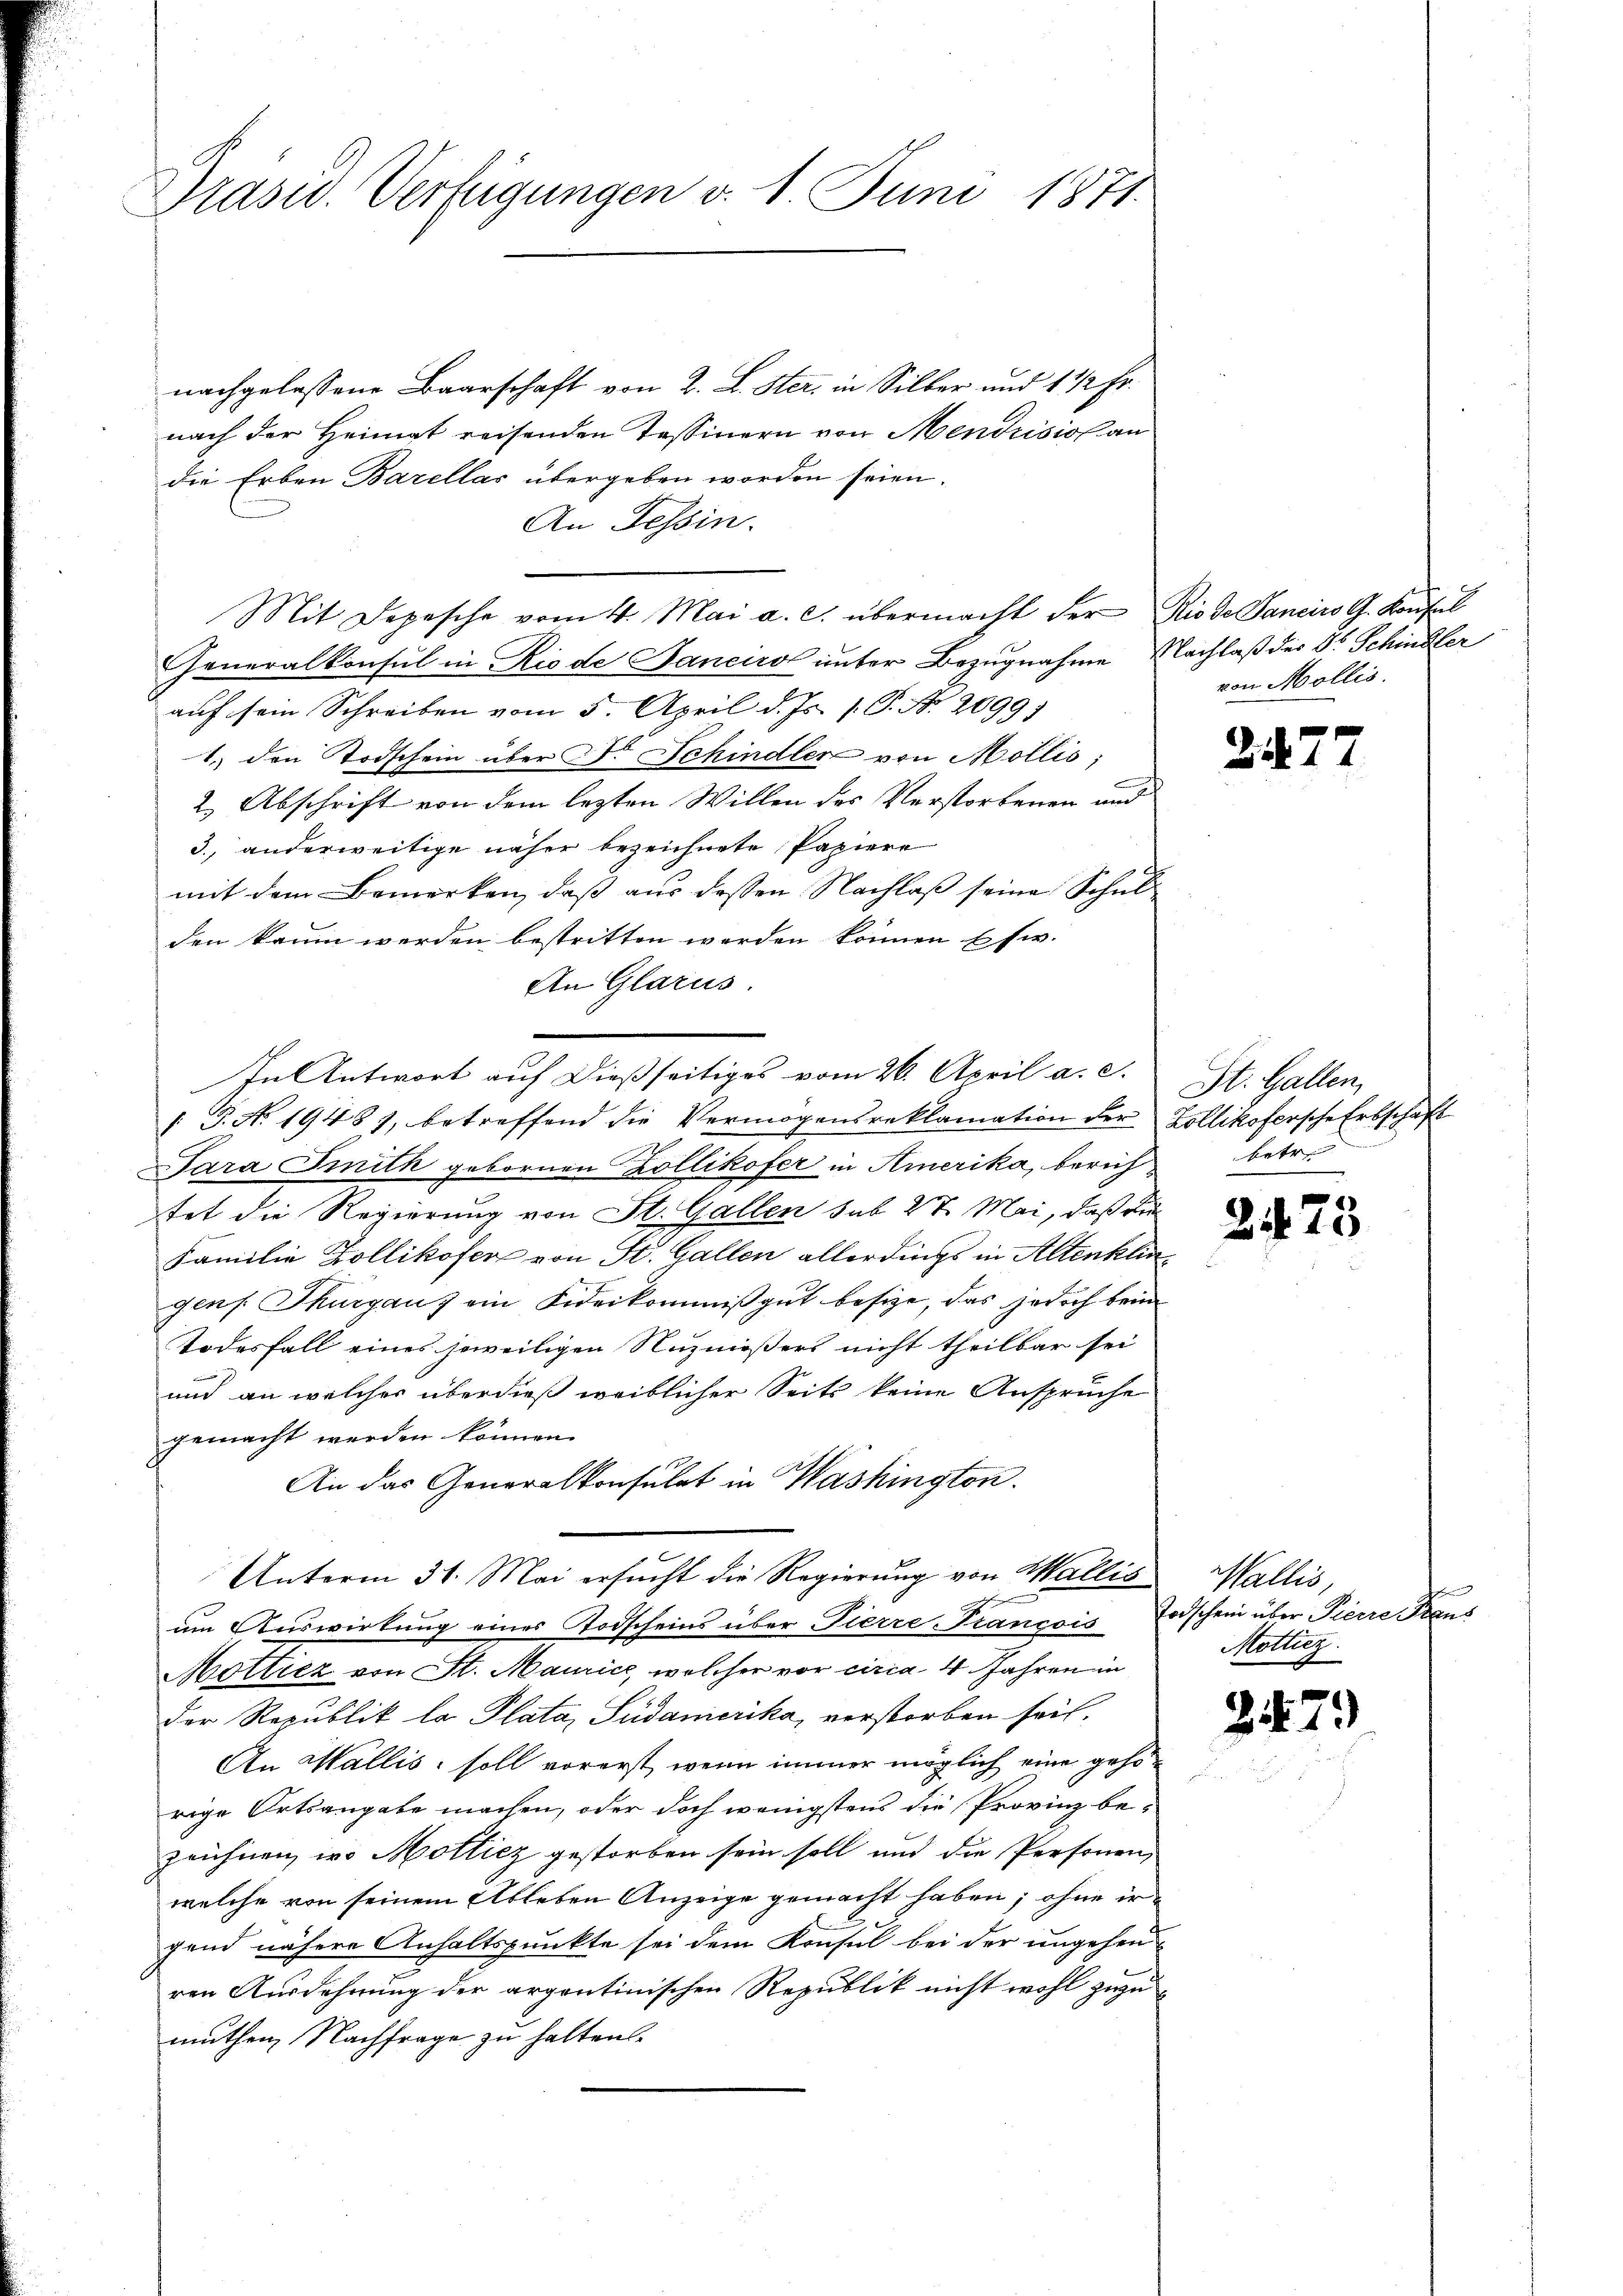
Präsid. Verfügungen d. 1. Juni 1871.

nachgelassene Baarschaft von 2. L. Ster, in Silber und 1 1/2 Fr.
nach der Heimat reisenden Tassinern von Mendrisissan
die Erben Barellar übergeben worden seien.
An Tessin.
Mit Depesche vom 4. Mai a. c. übermacht der Rio de Janeiro G. Konsul
Generalkonsul in Rio de Janeirol unter Bezugnahme Nachlaß der Dr. Schindler
auf sein Schreiben vom 5. April d. Js. p. P. No. 2099)
1.) den Todschein über Dr. Schindler von Mollis,
2) Abschrift von dem lezten Willen des Verstorbenen und
3., anderweitige näher bezeichnete Papiere
mit dem Bemerken, dass aus dessen Nachlaß seine Schul
den kaum werden bestritten werden können usw.
An Glarus.
/J. A. 19487, betreffend die Vermögensreklamation der Zollikofersche Erbschaft
Sara Smith gebornen Zollikofer in Amerika, berich
tet die Regierung von St. Gallen sub 27. Mai, daß du
Familie Zollikofer von St. Gallen allerdings in Altenklin
gens Thurgau ein Fideikommißgut besize, das jedoch beim
Todesfall eines jeweiligen Nuzmösers nicht theilbar sei
und an welcher überdieß weiblicher Seits keine Anspruche
gemacht werden können.
An das Generalkonsulat in Washington.
Unterm 31. Mai ersucht die Regierung von Wallis
um Auswirkung eines Todscheins über Fierze-Francois Todschein über Pierre Trans
Mottiez von St. Maurice, welcher vor circa 4 Jahren in
der Republik la Plata, Südamerika, verstorben seit¬
An Wallis, soll vorerst, wenn immer möglich eine gehörige Ortsangabe machen, oder doch wenigstens die Provinz bezeichnen, wo Mollicz gestorben sein soll und die Personen,
welche von seinem Ableben Anzeige gemacht haben; ohne irgend nähere Anhaltspunkte sei dem Konsul bei der ungehen
ren Ausdehnung der argontinischen Republik nicht wohl zuzumuthen Nachfrage zu halten.

In Antwort auf dießseitiges vom 26. April a. c.

von Mollis.

22

St. Gallen,
Betr

2475

Wallis,
¬
Motliez.

2

)